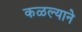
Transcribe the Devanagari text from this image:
कळल्याने